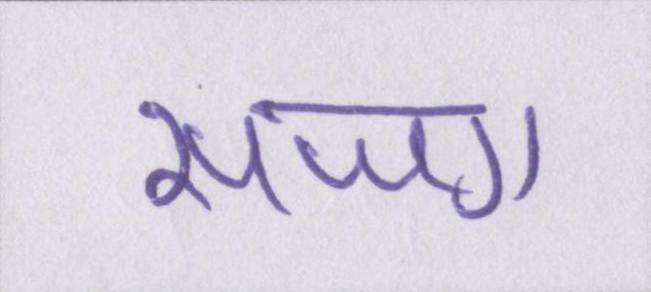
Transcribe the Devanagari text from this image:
सजग